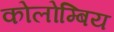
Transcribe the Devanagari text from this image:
कोलोम्बिय